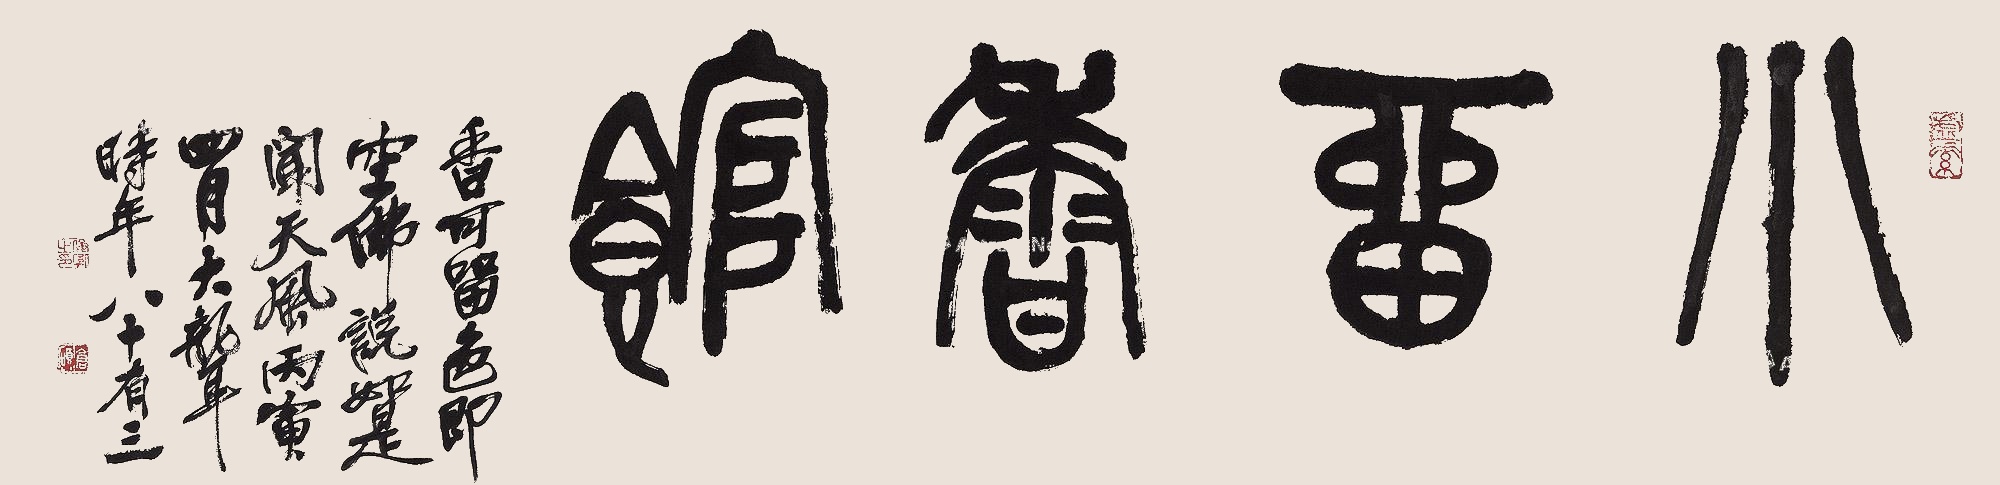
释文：香可留，色即空。佛说如是闻天风。丙寅四月，大聋时年八十有三。